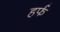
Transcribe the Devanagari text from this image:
हर्फ